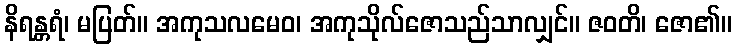
နိရန္တရံ၊ မပြတ်။ အကုသလမေဝ၊ အကုသိုလ်ဇောသည်သာလျှင်။ ဇဝတိ၊ ဇော၏။